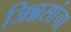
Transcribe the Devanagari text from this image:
जिन्नसांचा